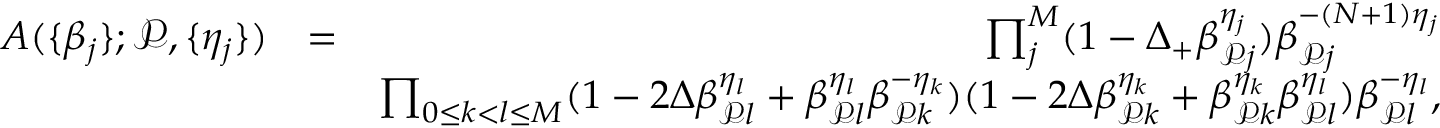
\begin{array} { r l r } { A ( \{ \beta _ { j } \} ; \mathcal { P } , \{ \eta _ { j } \} ) } & { = } & { \prod _ { j } ^ { M } ( 1 - \Delta _ { + } \beta _ { \mathcal { P } j } ^ { \eta _ { j } } ) \beta _ { \mathcal { P } j } ^ { - ( N + 1 ) \eta _ { j } } } \\ & { } & { \prod _ { 0 \le k < l \le M } ( 1 - 2 \Delta \beta _ { \mathcal { P } l } ^ { \eta _ { l } } + \beta _ { \mathcal { P } l } ^ { \eta _ { l } } \beta _ { \mathcal { P } k } ^ { - \eta _ { k } } ) ( 1 - 2 \Delta \beta _ { \mathcal { P } k } ^ { \eta _ { k } } + \beta _ { \mathcal { P } k } ^ { \eta _ { k } } \beta _ { \mathcal { P } l } ^ { \eta _ { l } } ) \beta _ { \mathcal { P } l } ^ { - \eta _ { l } } , } \end{array}